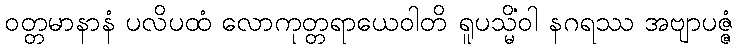
ဝတ္တမာနာနံ ပလိပထံ လောကုတ္တရာယေဝါတိ ရူပသ္မိံဝါ နဂရဿ အဗျာပဇ္ဇံ